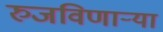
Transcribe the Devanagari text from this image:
रुजविणाऱ्या